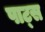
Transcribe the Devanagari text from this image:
पाट्स